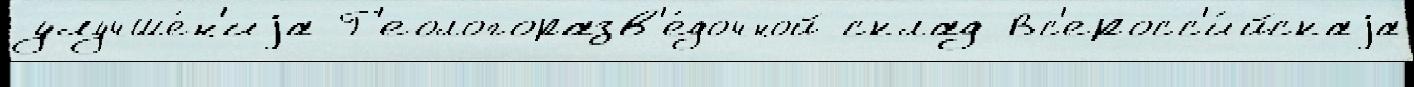
улучше́н'иjа Г'еологоразв'е́дочной склад Вс'еросс'и́йскаjа